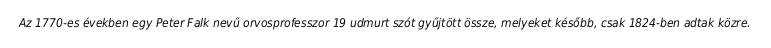
Az 1770-es években egy Peter Falk nevű orvosprofesszor 19 udmurt szót gyűjtött össze, melyeket később, csak 1824-ben adtak közre.